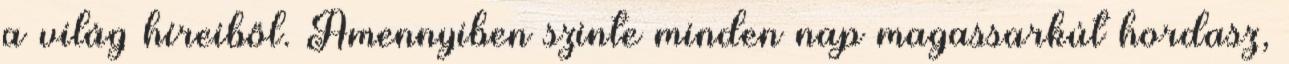
a világ híreiből. Amennyiben szinte minden nap magassarkút hordasz,